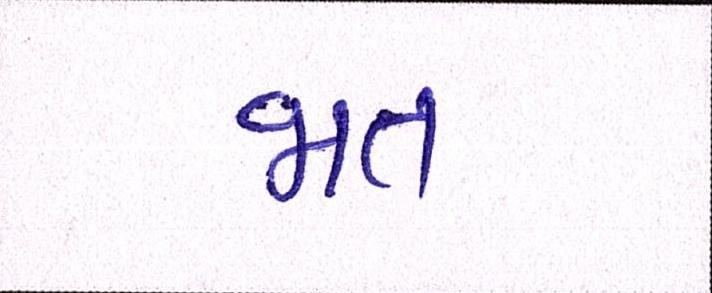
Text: જાત